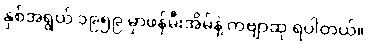
နှစ်အရွယ် ၁၉၅၉ မှာဖန်မီးအိမ်နဲ့ ကဗျာဆု ရပါတယ်။